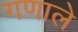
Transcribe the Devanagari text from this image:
गणाले